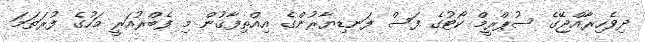
ދިވެހިރާއްޖޭގެ ސުޕްރީމް ކޯޓުގެ ފަސް ފަނޑިޔާރުންގެ އިއްތިފާޤުން މި ފެބްރުއަރީ މަހުގެ ފުރަތަމަ